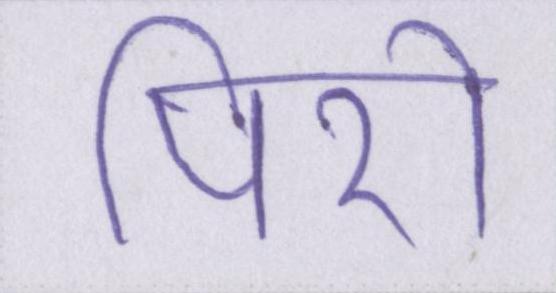
पिरो